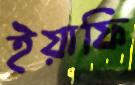
ইয়াফি